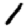
Digit: 1